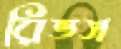
রিভস